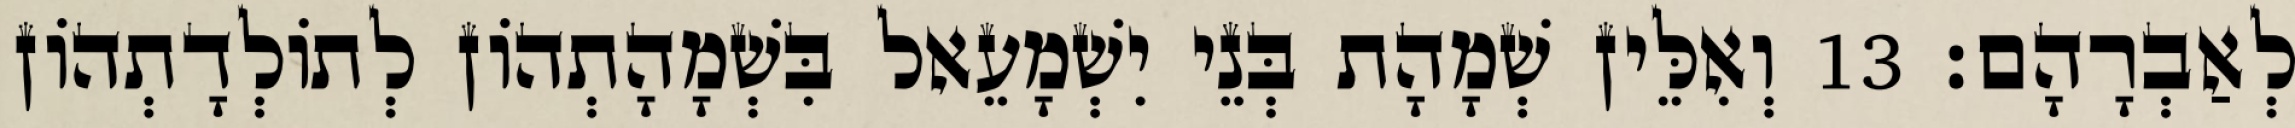
לְאַבְרָהָם׃ 13 וְאִלֵּין שְׁמָהָת בְּנֵי יִשְׁמָעֵאל בִּשְׁמָהָתְהוֹן לְתוֹלְדָתְהוֹן